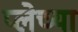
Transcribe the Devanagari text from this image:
प्लेच्या